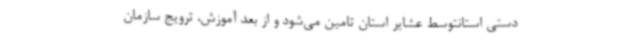
دستی استانتوسط عشایر استان تامین می‌شود و از بعد آموزش، ترویج سازمان